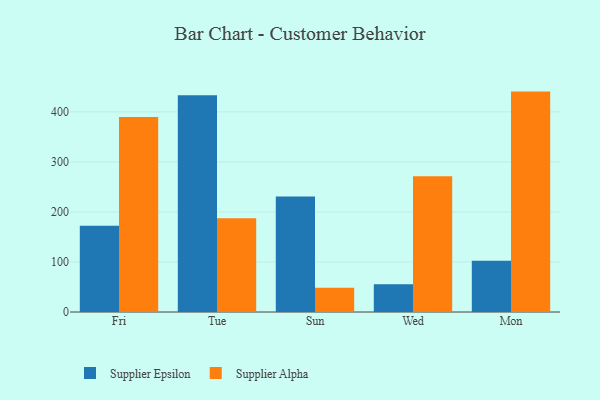
{"axis": {"x": "Day", "y": "Production Output"}, "legend": ["Supplier Alpha", "Supplier Epsilon"], "data": [{"x": "Fri", "y": 172.5, "type": "Supplier Epsilon"}, {"x": "Fri", "y": 390.0, "type": "Supplier Alpha"}, {"x": "Tue", "y": 433.3, "type": "Supplier Epsilon"}, {"x": "Tue", "y": 187.4, "type": "Supplier Alpha"}, {"x": "Sun", "y": 230.9, "type": "Supplier Epsilon"}, {"x": "Sun", "y": 48.7, "type": "Supplier Alpha"}, {"x": "Wed", "y": 55.7, "type": "Supplier Epsilon"}, {"x": "Wed", "y": 271.2, "type": "Supplier Alpha"}, {"x": "Mon", "y": 102.7, "type": "Supplier Epsilon"}, {"x": "Mon", "y": 440.6, "type": "Supplier Alpha"}]}